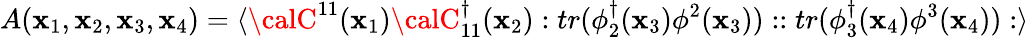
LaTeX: A(\mathbf{x}_{1},\mathbf{x}_{2},\mathbf{x}_{3},\mathbf{x}_{4})=\langle{\calC}^{11}(\mathbf{x}_{1}){\calC}_{11}^{\dagger}(\mathbf{x}_{2}):tr(\phi_{2}^{\dagger}(\mathbf{x}_{3})\phi^{2}(\mathbf{x}_{3}))::tr(\phi_{3}^{\dagger}(\mathbf{x}_{4})\phi^{3}(\mathbf{x}_{4})):\rangle